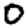
Digit: 0